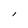
Character: l